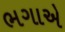
ભગાએ